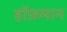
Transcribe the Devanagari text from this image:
हॉफ़मान